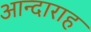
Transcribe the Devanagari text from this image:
आन्दाराह